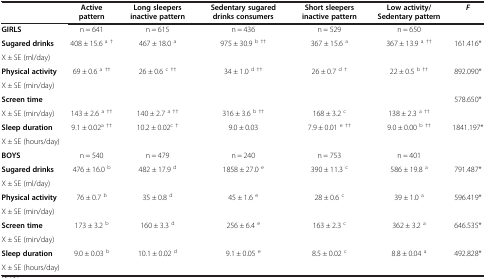
<table><thead><tr><td><b> </b></td><td><b>Active pattern</b></td><td><b>Long sleepers inactive pattern</b></td><td><b>Sedentary sugared drinks consumers</b></td><td><b>Short sleepers inactive pattern</b></td><td><b>Low activity/ Sedentary pattern</b></td><td><b><i>F</i></b></td></tr></thead><tbody><tr><td><b>GIRLS</b></td><td>n = 641</td><td>n = 615</td><td>n = 436</td><td>n = 529</td><td>n = 650</td><td> </td></tr><tr><td><b>Sugared drinks</b></td><td rowspan="2">408 ± 15.6 <sup>a †</sup></td><td>467 ± 18.0 <sup>a</sup></td><td>975 ± 30.9 <sup>b ††</sup></td><td>367 ± 15.6 <sup>a</sup></td><td>367 ± 13.9 <sup>a ††</sup></td><td>161.416*</td></tr><tr><td>X ± SE (ml/day)</td><td> </td><td> </td><td> </td><td> </td><td> </td></tr><tr><td><b>Physical activity</b></td><td rowspan="2">69 ± 0.6 <sup>a ††</sup></td><td>26 ± 0.6 <sup>c ††</sup></td><td>34 ± 1.0 <sup>d ††</sup></td><td>26 ± 0.7 <sup>d †</sup></td><td>22 ± 0.5 <sup>b ††</sup></td><td>892.090*</td></tr><tr><td>X ± SE (min/day)</td><td> </td><td> </td><td> </td><td> </td><td> </td></tr><tr><td><b>Screen time</b></td><td> </td><td> </td><td> </td><td> </td><td> </td><td>578.650*</td></tr><tr><td>X ± SE (min/day)</td><td>143 ± 2.6 <sup>a ††</sup></td><td>140 ± 2.7 <sup>a ††</sup></td><td>316 ± 3.6 <sup>b ††</sup></td><td>168 ± 3.2 <sup>c</sup></td><td>138 ± 2.3 <sup>a ††</sup></td><td> </td></tr><tr><td><b>Sleep duration</b></td><td>9.1 ± 0.02<sup>a ††</sup></td><td>10.2 ± 0.02<sup>c †</sup></td><td>9.0 ± 0.03</td><td>7.9 ± 0.01 <sup>e ††</sup></td><td>9.0 ± 0.00 <sup>b ††</sup></td><td>1841.197*</td></tr><tr><td>X ± SE (hours/day)</td><td> </td><td> </td><td> </td><td> </td><td> </td><td> </td></tr><tr><td><b>BOYS</b></td><td>n = 540</td><td>n = 479</td><td>n = 240</td><td>n = 753</td><td>n = 401</td><td> </td></tr><tr><td><b>Sugared drinks</b></td><td>476 ± 16.0 <sup>b</sup></td><td>482 ± 17.9 <sup>d</sup></td><td>1858 ± 27.0 <sup>e</sup></td><td>390 ± 11.3 <sup>c</sup></td><td>586 ± 19.8 <sup>a</sup></td><td>791.487*</td></tr><tr><td>X ± SE (ml/day)</td><td> </td><td> </td><td> </td><td> </td><td> </td><td> </td></tr><tr><td><b>Physical activity</b></td><td>76 ± 0.7 <sup>b</sup></td><td>35 ± 0.8 <sup>d</sup></td><td>45 ± 1.6 <sup>e</sup></td><td>28 ± 0.6 <sup>c</sup></td><td>39 ± 1.0 <sup>a</sup></td><td>596.419*</td></tr><tr><td>X ± SE (min/day)</td><td> </td><td> </td><td> </td><td> </td><td> </td><td> </td></tr><tr><td><b>Screen time</b></td><td>173 ± 3.2 <sup>b</sup></td><td>160 ± 3.3 <sup>d</sup></td><td>256 ± 6.4 <sup>e</sup></td><td>163 ± 2.3 <sup>c</sup></td><td>362 ± 3.2 <sup>a</sup></td><td>646.535*</td></tr><tr><td>X ± SE (min/day)</td><td> </td><td> </td><td> </td><td> </td><td> </td><td> </td></tr><tr><td><b>Sleep duration</b></td><td>9.0 ± 0.03 <sup>b</sup></td><td>10.1 ± 0.02 <sup>d</sup></td><td>9.1 ± 0.05 <sup>e</sup></td><td>8.5 ± 0.02 <sup>c</sup></td><td>8.8 ± 0.04 <sup>a</sup></td><td>492.828*</td></tr><tr><td>X ± SE (hours/day)</td><td> </td><td> </td><td> </td><td> </td><td> </td><td> </td></tr></tbody></table>